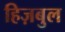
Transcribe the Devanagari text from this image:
हिज़बुल